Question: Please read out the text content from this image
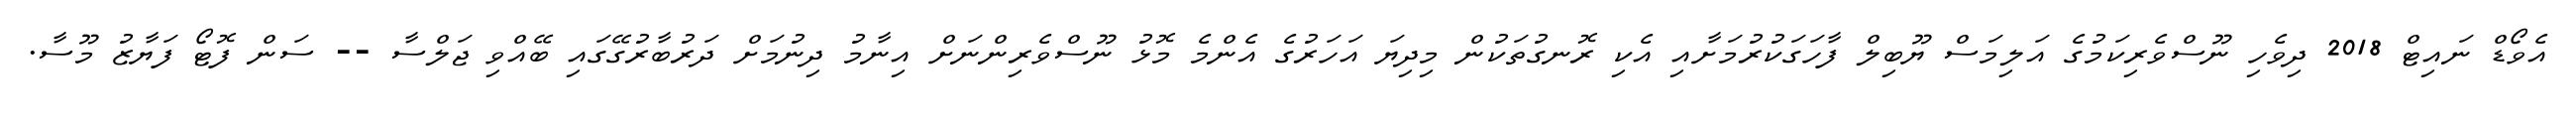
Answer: އެވޯޑް ނައިޓް 2018 ދިވެހި ނޫސްވެރިކަމުގެ އަލިމަސް ޔޫބިލް ފާހަގަކުރުމަށާއި އެކި ރޮނގުތަކުން މިދިޔަ އަހަރުގެ އެންމެ މޮޅު ނޫސްވެރިންނަށް އިނާމު ދިނުމަށް ދަރުބާރުގޭގައި ބޭއްވި ޖަލްސާ -- ސަން ފޮޓޯ ފަޔާޒު މޫސާ.